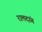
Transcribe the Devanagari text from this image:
रालदांग